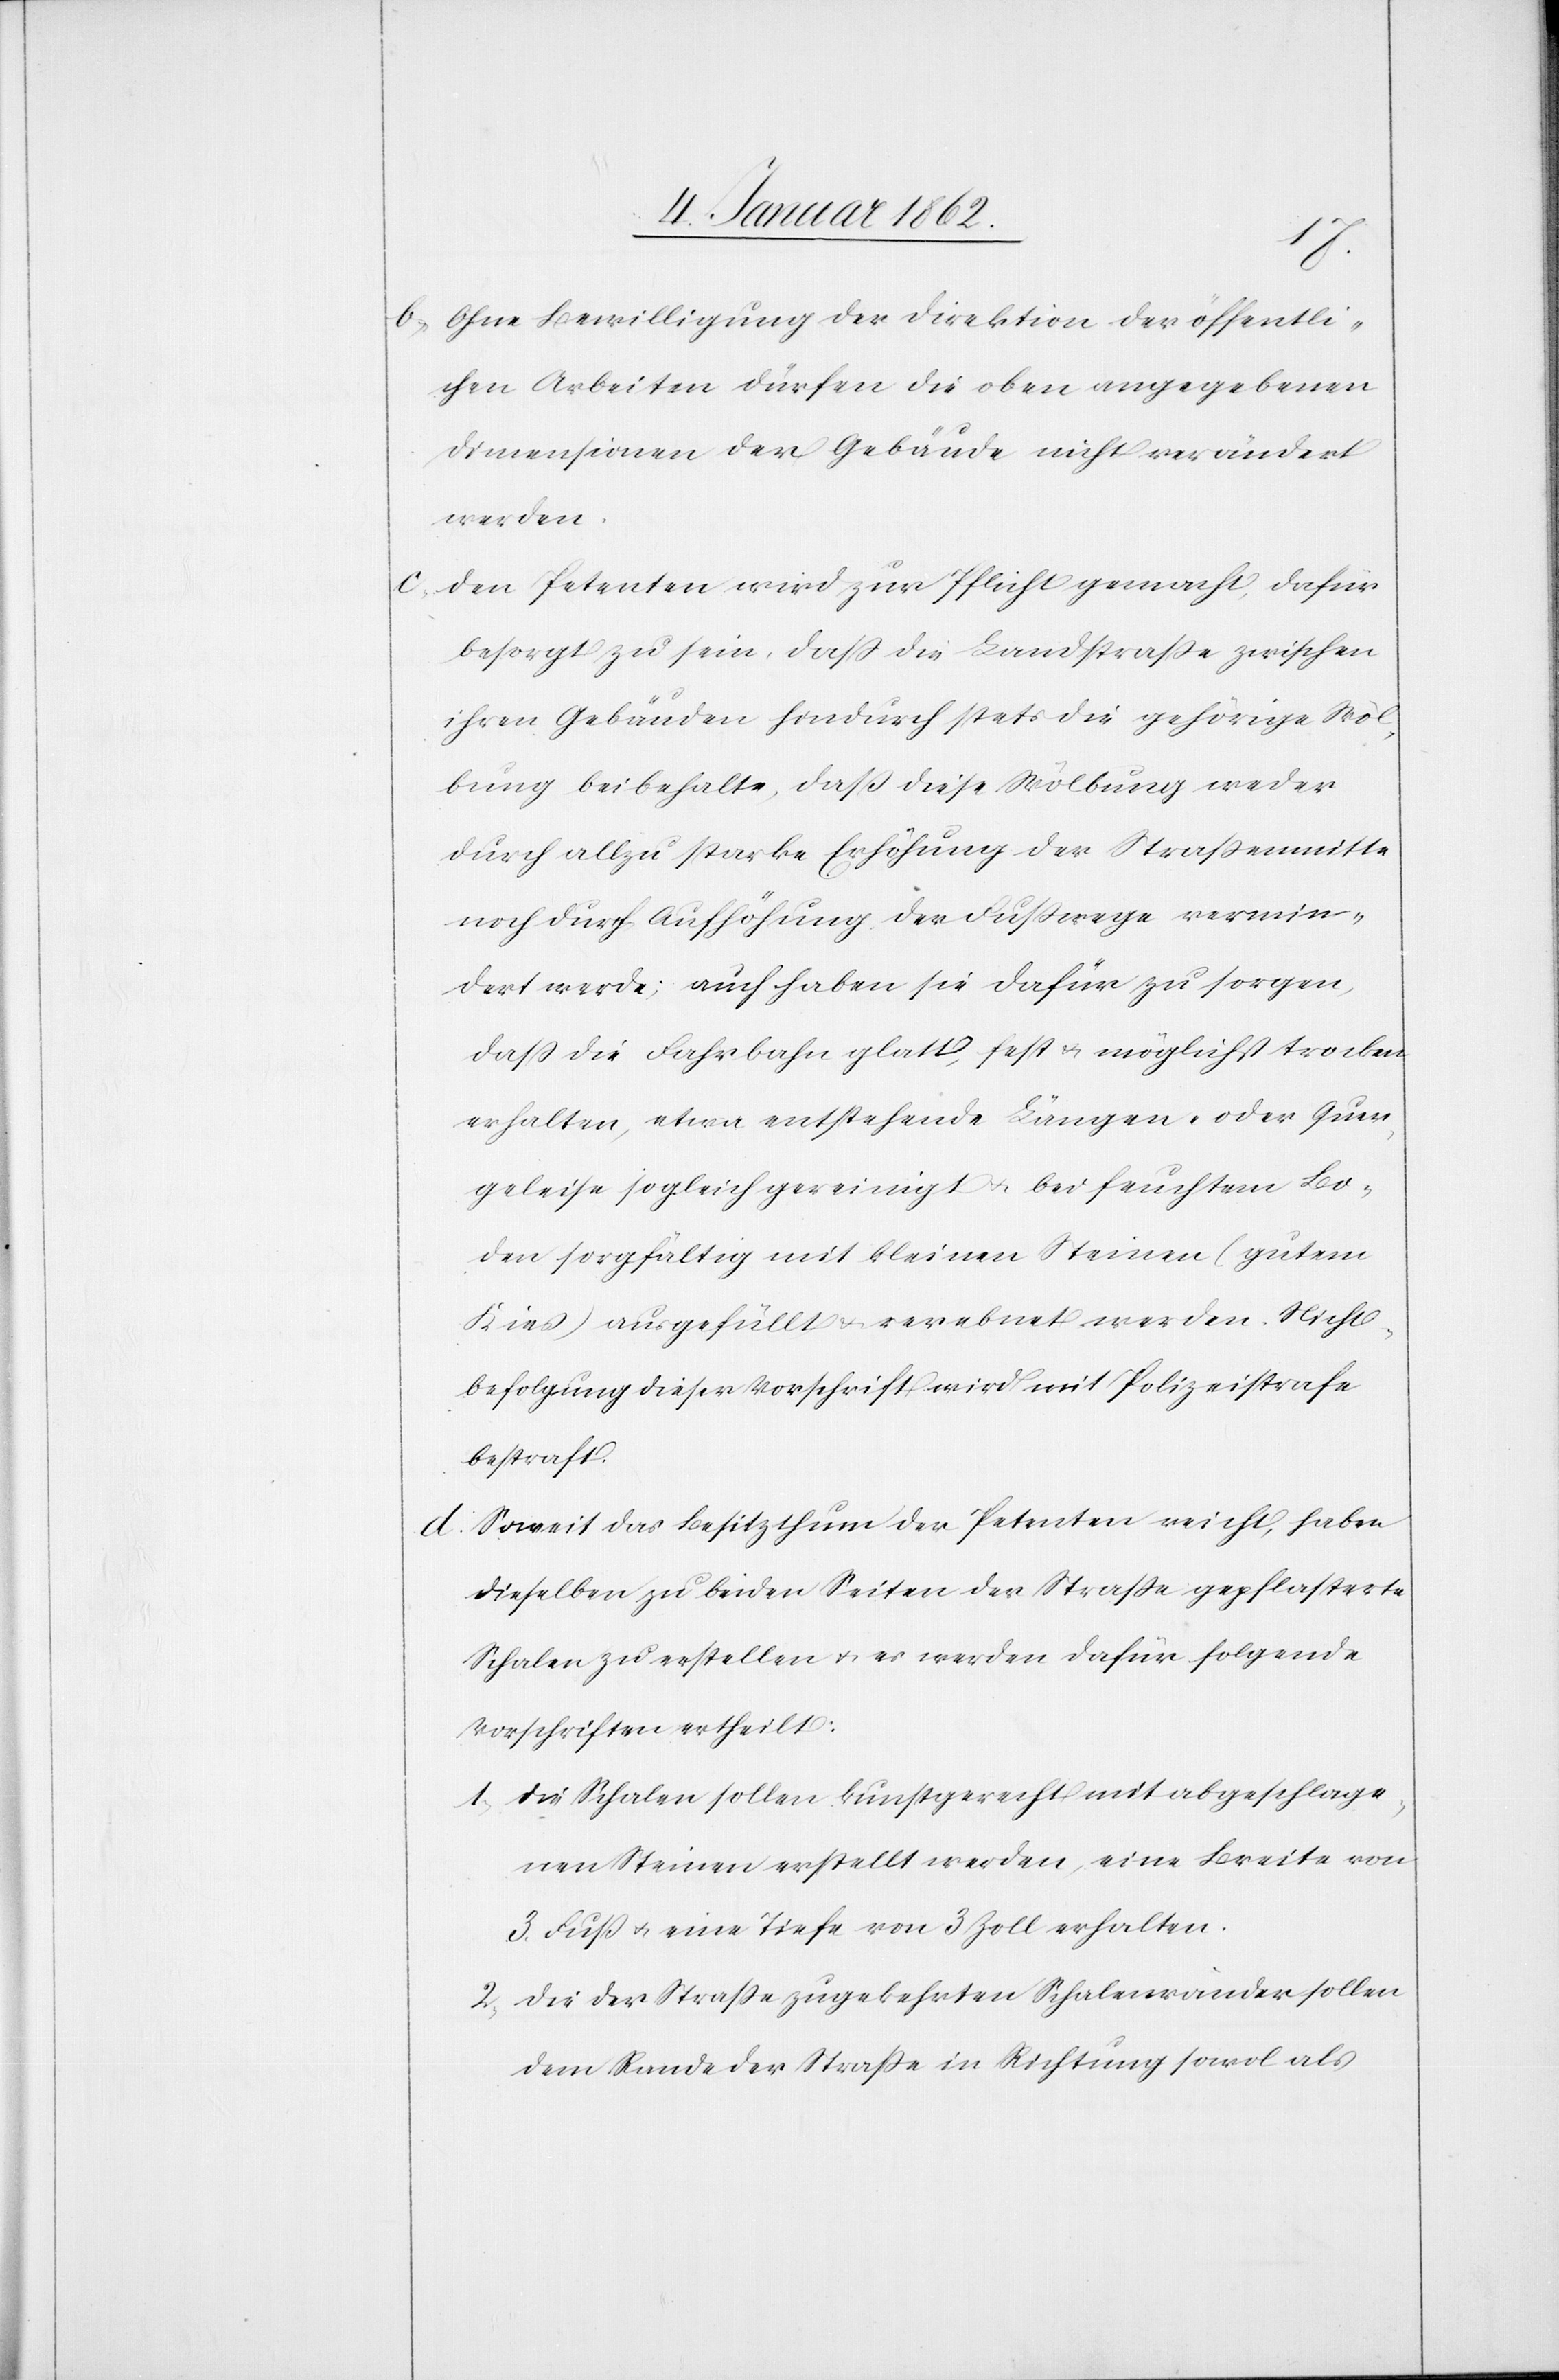
ic!]
b. Ohne Bewilligung der Direktion der öffentli¬
chen Arbeiten dürfen die oben angegebenen
Dimensionen der Gebäude nicht verändert
werden.
c. Den Petenten wird zur Pflicht gemacht, dafür
besorgt zu sein, daß die Landstraße zwischen
ihren Gebäuden hindurch stets die gehörige Wöl¬
bung beibehalte, daß diese Wölbung weder
durch allzu starke Erhöhung der Straßenmitte
noch durch Aufhöhung der Fußwege vermin¬
dert werde; auch haben sie dafür zu sorgen,
daß die Fahrbahn glatt, fest u. möglichst trocken
erhalten, etwa entstehende Längen- oder Quer¬
geleise sogleich gereinigt u. bei feuchtem Bo¬
den sorgfältig mit kleinen Steinen (gutem
Kies) ausgefüllt u. verebnet werden. Nicht¬
befolgung dieser Vorschrift wird mit Polizeistrafe
bestraft.
d. Soweit das Besitzthum der Petenten reicht, haben
dieselben zu beiden Seiten der Straße gepflasterte
Schalen zu erstellen u. es werden dafür folgende
Vorschriften ertheilt:
1) Die Schalen sollen kunstgerecht mit abgeschlage¬
nen Steinen erstellt werden, eine Breite von
3. Fuß u. eine Tiefe von 3 Zoll erhalten.
2) Die der Straße zugekehrten Schalenränder sollen
dem Rande der Straße in Richtung sowol [s¬